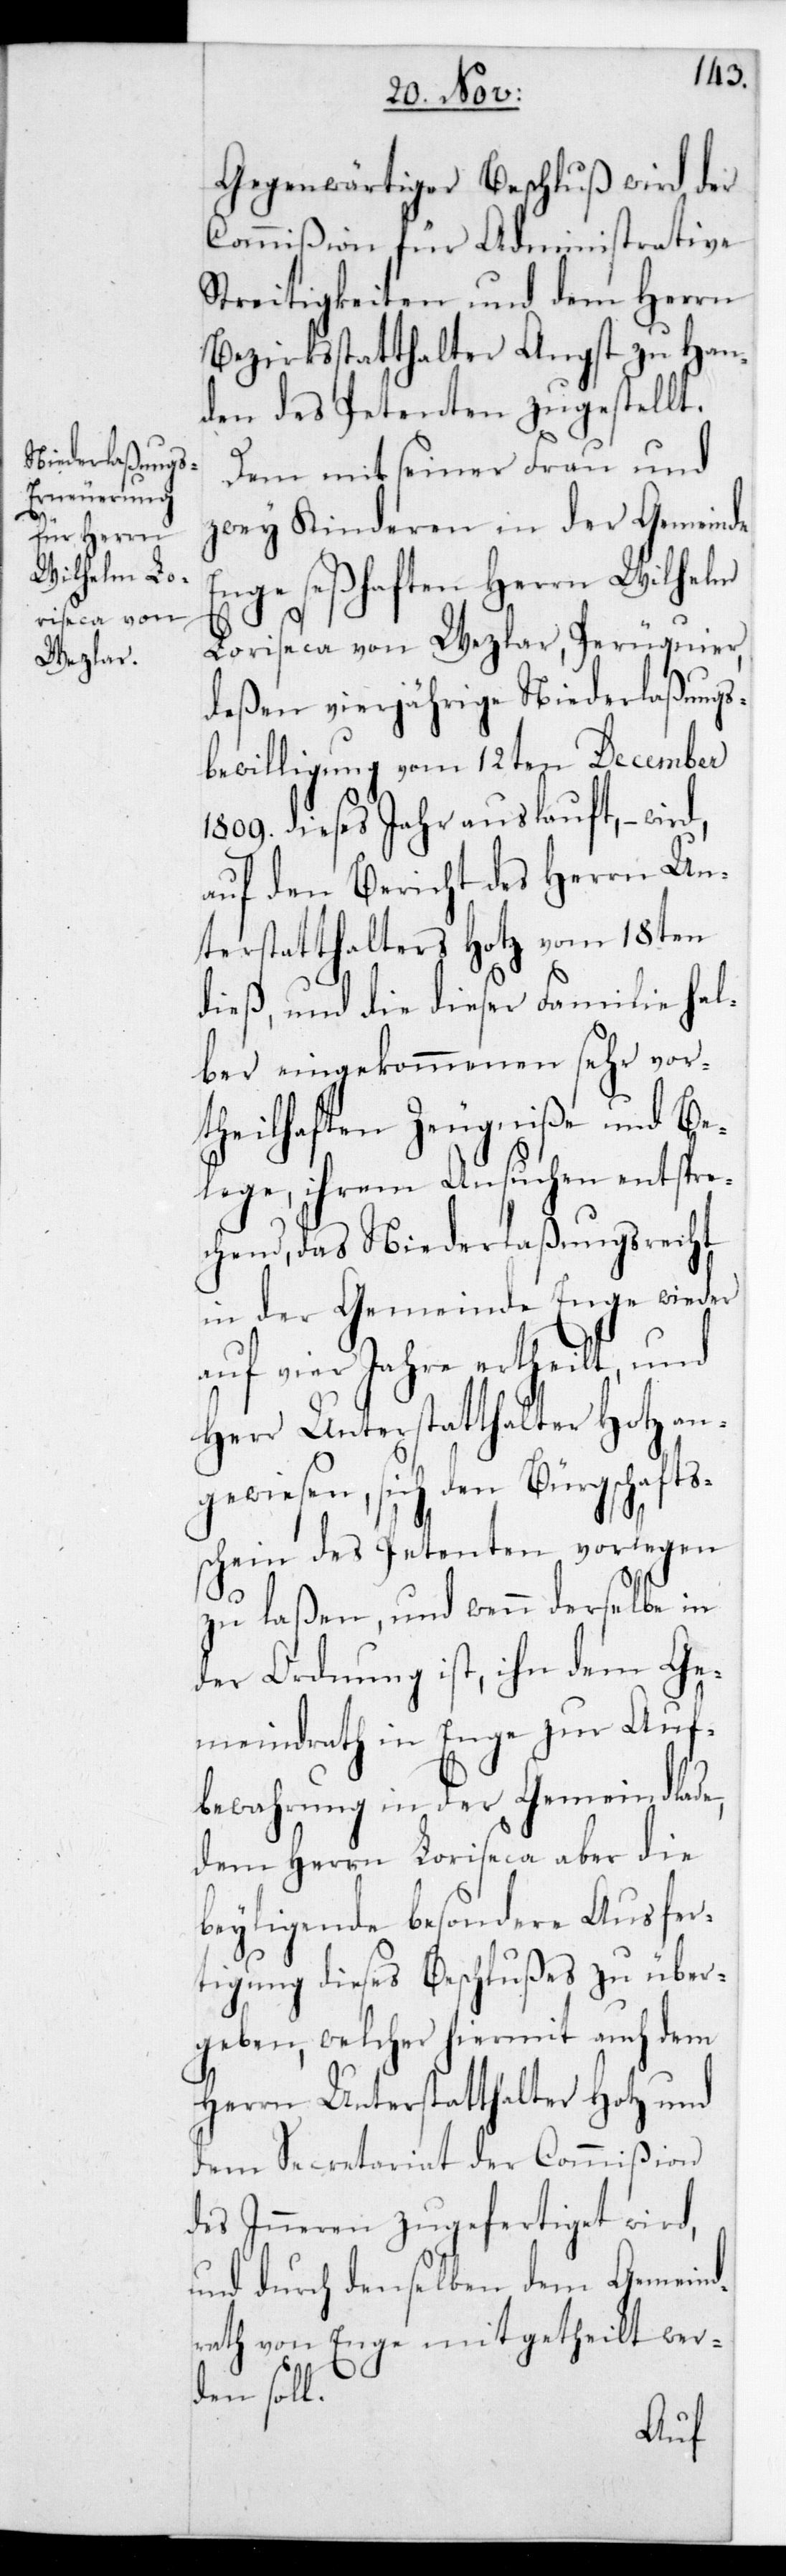
Gegenwärtiger Beschluß wird der
Commißion für Administrative
Streitigkeiten und dem Herrn
Bezirksstatthalter Angst zu Han¬
den des Petenten zugestellt.
Dem mit seiner Frau und
zwey Kinderen in der Gemeinde
Enge seßhaften Herrn Wilhelm
Loriseca von Wezlar, Peruquier,
deßen vierjährige Niederlaßungs¬
bewilligung vom 12ten December
1809. dieses Jahr auslauft, – wird
auf den Bericht des Herrn Un¬
terstatthalters Hotz vom 18ten
dieß, und die dieser Familie hal¬
ber eingekommenen sehr vort¬
heilhaften Zeugniße und Be¬
lege, ihrem Ansuchen entspre¬
chend, das Niederlaßungsrecht
in der Gemeinde Enge wieder
auf vier Jahre ertheilt, und
Herr Unterstatthalter Hotz an¬
gewiesen, sich den Bürgschafts¬
schein des Petenten vorlegen
zu laßen, und wenn derselbe in
der Ordnung ist, ihn dem Ge¬
meindrath in Enge zur Auf¬
bewahrung in der Gemeindlade,
dem Herrn Loriseca aber die
beyliegende besondere Ausfer¬
tigung dieses Beschlußes zu über¬
geben, welcher hiermit auch dem
Herrn Unterstatthalter Hotz und
dem Secretariat der Commißion
des Inneren zugefertiget wird,
und durch denselben dem Gemeind¬
rath von Enge mitgetheilt wer¬
den soll.